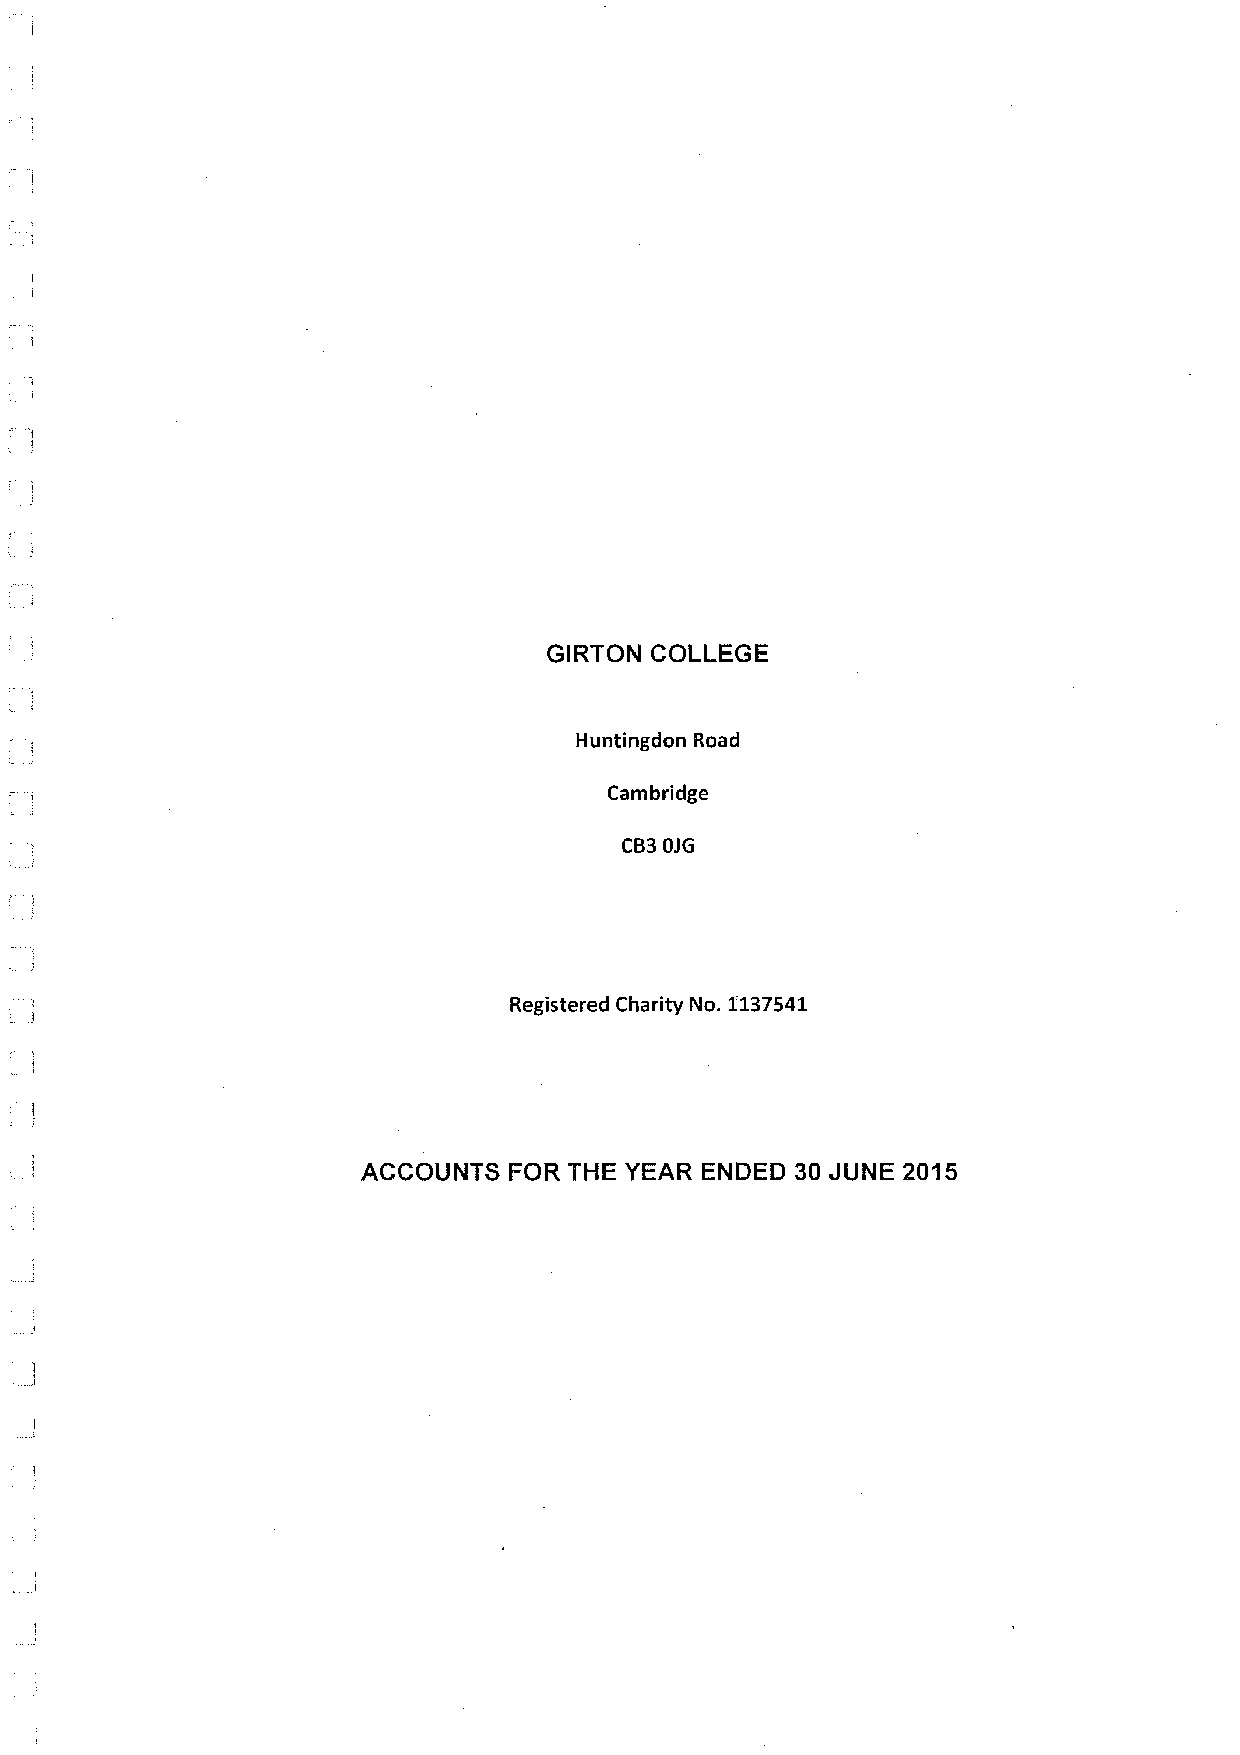
GIRTON COLLEGE
 Huntingdon Road
 Cambridge
 CB3OJG
 Registered Charity No. 1137541
 ACCOUNTS  FOR THE YEAR ENDED 30 JUNE 2015